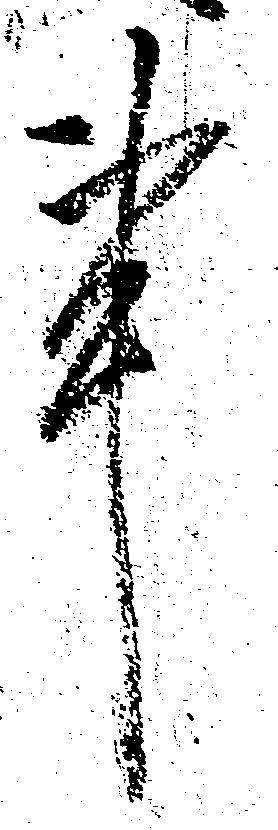
事